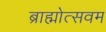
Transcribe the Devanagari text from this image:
ब्राह्मोत्सवम